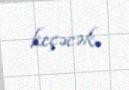
keçəcək.